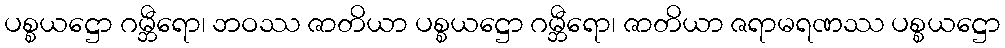
ပစ္စယဋ္ဌော ဂမ္ဘီရော၊ ဘဝဿ ဇာတိယာ ပစ္စယဋ္ဌော ဂမ္ဘီရော၊ ဇာတိယာ ဇရာမရဏဿ ပစ္စယဋ္ဌော